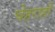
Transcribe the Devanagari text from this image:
चेहराही